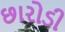
છારોડી